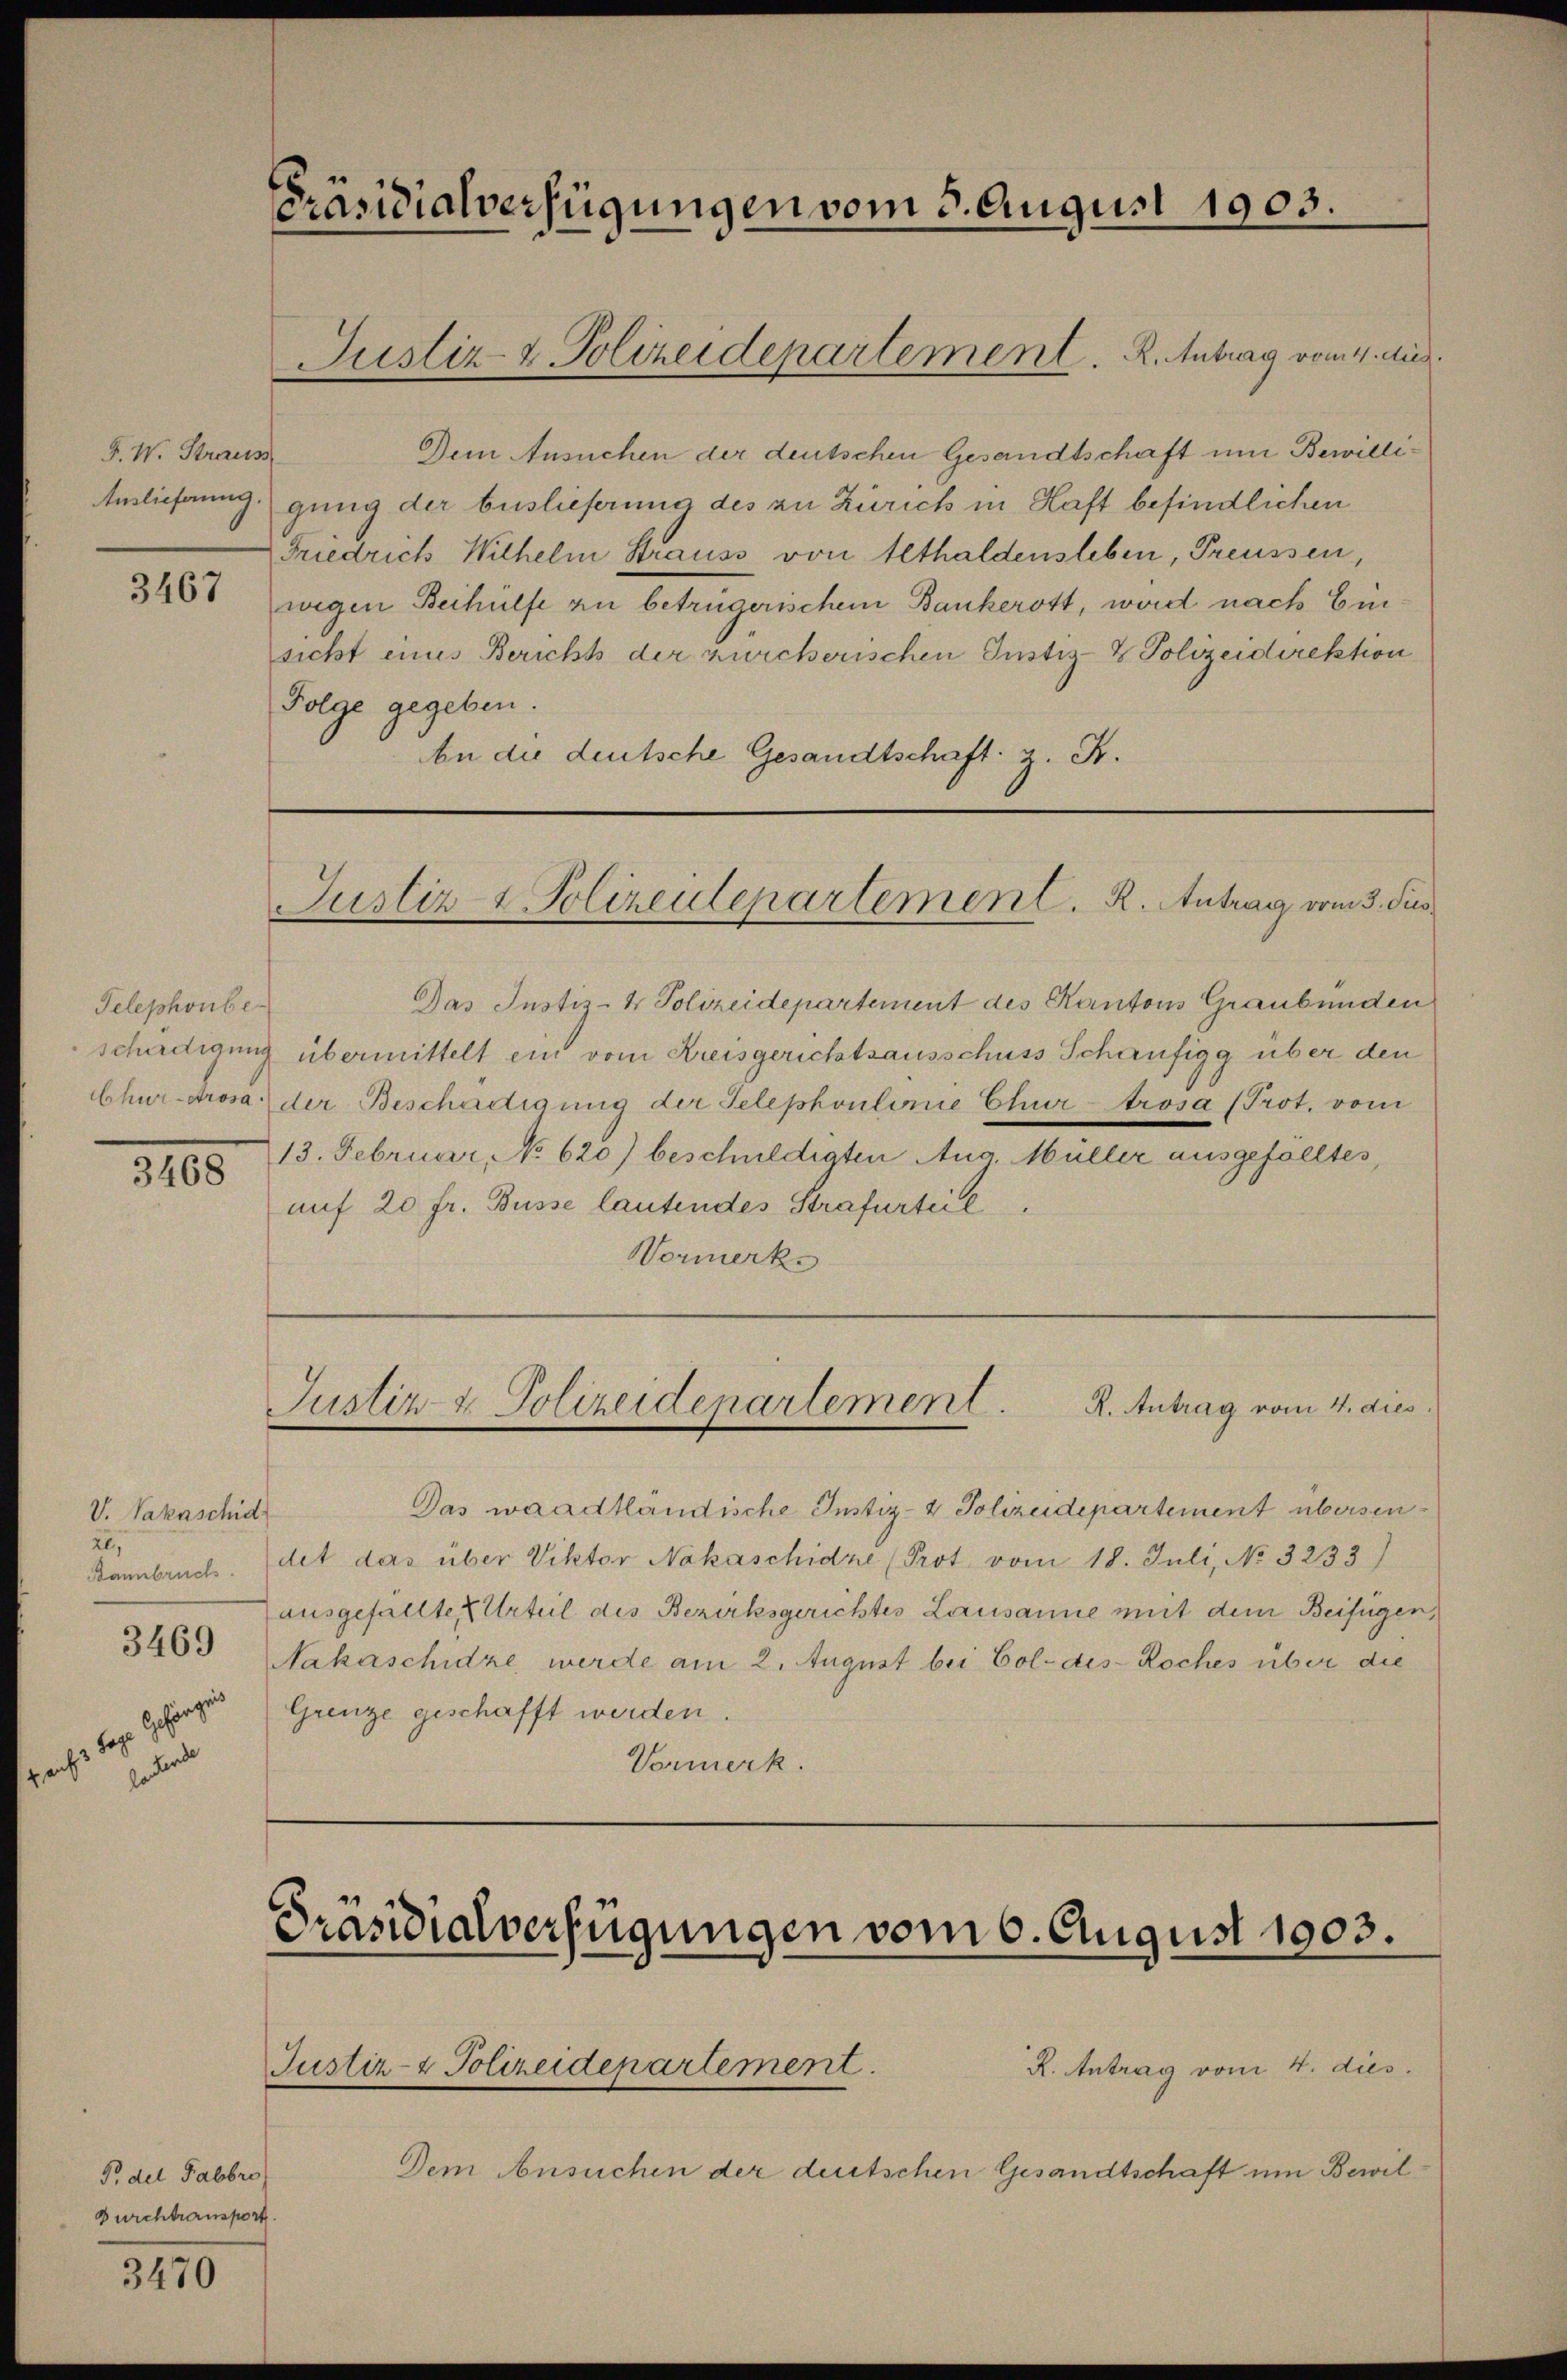
F. W. Straus

3467

Telephonber

2165

V. Vakaschid
20,
3469
wester der
ade

Po del Fabbre
Durchtransport

3470

Präsidialverfügungen vom 5. August 1903.

Dein Ansuchen der deutschen Gesandtschaft um Bewilli¬
Auslieferung gung der Auslieferung des zu Zürich in Haft befindlichen
Friedrich Wilhelm Strauss von Althaldensleben, Preussen,
wegen Beihülfe zu betrügerischem Bankerott, wird nach Einsicht eines Berichts der zürcherischen Justiz- & Polizeidirektion
Folge gegeben.
An die deutsche Gesandtschaft z. B.

Justiz & Polizeidepartement. R. Antrag vom 4. dies

Justiz & Polizeidepartement. R. Antrag vom 3. Jus

Justiz- & Polizeidepartement. R. Antrag vom 4. dies

Das Justiz- & Polizeidepartement des Kantons Graubünden
schädigung übermittelt ein vom Kreisgerichtsausschuss Schaufigg über den
Chur-Arosa der Beschädigung der Telephonlinie Chur-Arosa (Prot. vom
13. Februar, No 620) beschuldigten Aug. Müller ausgefalltes,
auf 20 fr. Busse lautendes Strafurteil
Normerk.

Das waadtländische Justiz- & Polizeidepartement übersen¬
Danbruch. (det das über Viktor Nakaschidre (Prot vom 18. Juli, No 3233)
ausgefällte Urteil des Bezirksgerichtes Lausanne mit dem Beifügen,
Nakaschidze, werde am 2. August bei Col- des Roches über die
Grenze geschafft werden.
Vormerk.

Präsidialverfügungen vom 6. August 1903.

Dem Ansuchen der deutschen Gesandtschaft um Bewil

Justiz- & Polizeidepartement.

R. Antrag vom 4. dies